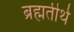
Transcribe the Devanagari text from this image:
ब्रह्मतीर्थ